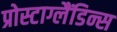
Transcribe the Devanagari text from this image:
प्रोस्टाग्लैंडिन्स